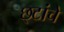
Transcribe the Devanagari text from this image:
छ्टांचे